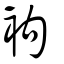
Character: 袧